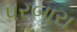
પરબારા